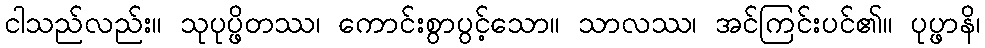
ငါသည်လည်း။ သုပုပ္ဖိတဿ၊ ကောင်းစွာပွင့်သော။ သာလဿ၊ အင်ကြင်းပင်၏။ ပုပ္ဖာနိ၊